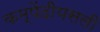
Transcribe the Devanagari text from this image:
कम्पेंदीयसली